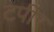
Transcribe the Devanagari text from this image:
टपीर